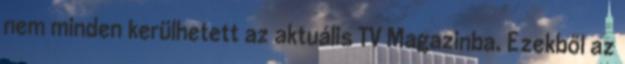
nem minden kerülhetett az aktuális TV Magazinba. Ezekből az